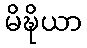
မိဍ္ဎိယာ